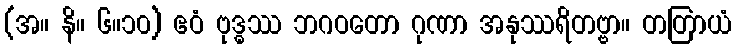
(အ။ နိ။ ၆။၁၀) ဧဝံ ဗုဒ္ဓဿ ဘဂဝတော ဂုဏာ အနုဿရိတဗ္ဗာ။ တတြာယံ